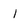
Character: l